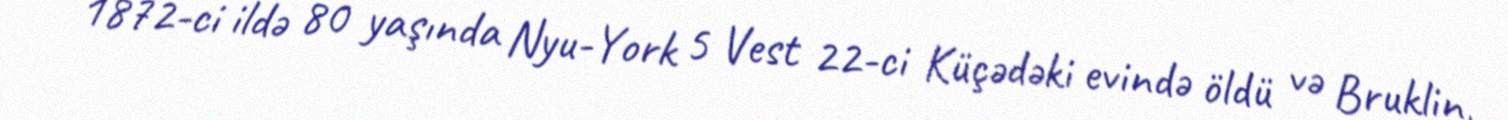
1872-ci ildə 80 yaşında Nyu-York 5 Vest 22-ci Küçədəki evində öldü və Bruklin,